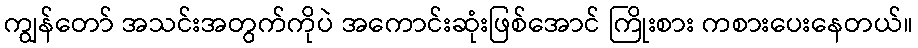
ကျွန်တော် အသင်းအတွက်ကိုပဲ အကောင်းဆုံးဖြစ်အောင် ကြိုးစား ကစားပေးနေတယ်။